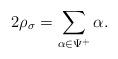
LaTeX: \begin{align*}2\rho_{\sigma} = \sum_{\alpha \in \Psi^+} \alpha.\end{align*}